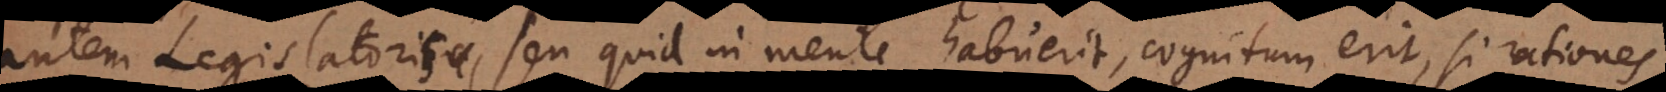
autem Legislatoris, seu quid in mente habuerit, cognitum erit, si rationes